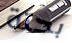
بحتة